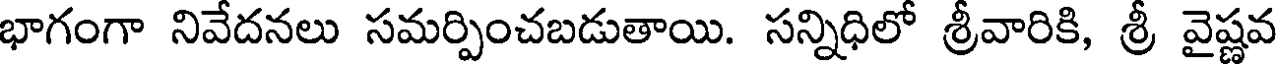
భాగంగా నివేదనలు సమర్పించబడుతాయి. సన్నిధిలో శ్రీవారికి, శ్రీ వైష్ణవ